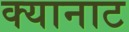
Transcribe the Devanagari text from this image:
क्यानाट